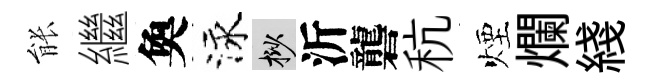
䏻繼奐泳挲沂礱秔煙爛綫